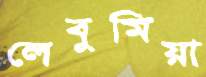
লেবুমিয়া